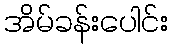
အိမ်ခန်းပေါင်း